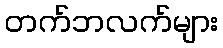
တက်ဘလက်များ